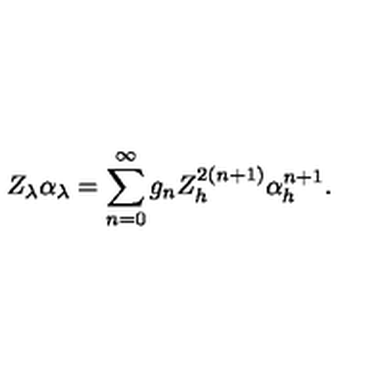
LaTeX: Z _ { \lambda } \alpha _ { \lambda } = \sum _ { n = 0 } ^ { \infty } g _ { n } Z _ { h } ^ { 2 ( n + 1 ) } \alpha _ { h } ^ { n + 1 } .